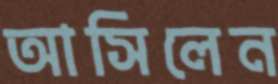
আসিলেন